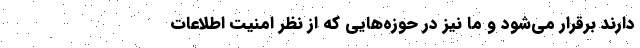
دارند برقرار می‌شود و ما نیز در حوزه‌هایی که از نظر امنیت اطلاعات